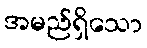
အမည်ရှိသော